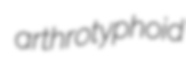
arthrotyphoid